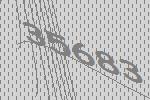
35683